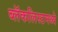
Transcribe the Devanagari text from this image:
ब्लॅकलिस्टमध्ये